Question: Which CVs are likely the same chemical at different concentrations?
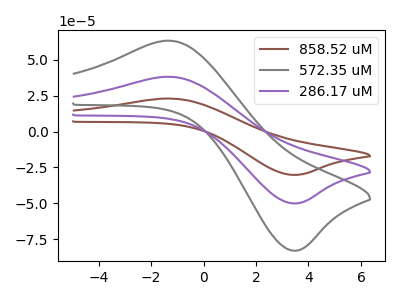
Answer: <think>The brown curve "858.52 uM" has an anodic peak at (-1.25V, 76.35uA) and a cathodic peak at (3.40V, -100.00uA). The gray curve "572.35 uM" has an anodic peak at (-1.25V, 63.30uA) and a cathodic peak at (3.40V, -82.90uA). The purple curve "286.17 uM" has an anodic peak at (-1.25V, 38.20uA) and a cathodic peak at (3.40V, -50.00uA).
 All the peaks in "858.52 uM" have a peak in "572.35 uM" at the same potential. Every peak in "858.52 uM" is higher than every peak in "572.35 uM". All the peaks in "858.52 uM" have a peak in "286.17 uM" at the same potential. Every peak in "858.52 uM" is higher than every peak in "286.17 uM". All the peaks in "572.35 uM" have a peak in "286.17 uM" at the same potential. Every peak in "572.35 uM" is higher than every peak in "286.17 uM".</think>
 <answer>"572.35 uM", "858.52 uM" and "286.17 uM" have the same shape and are likely CV's of the same chemical.</answer>
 <eval>"572.35 uM" "858.52 uM" "286.17 uM"</eval>